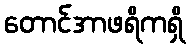
တောင်အာဖရိကရှိ